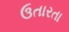
ઉતારતા